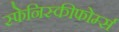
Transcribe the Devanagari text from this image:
स्फेनिस्कीफोर्म्स